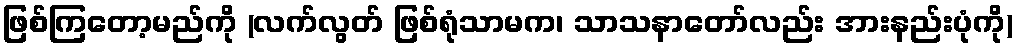
ဖြစ်ကြတော့မည်ကို (လက်လွတ် ဖြစ်ရုံသာမက၊ သာသနာတော်လည်း အားနည်းပုံကို)